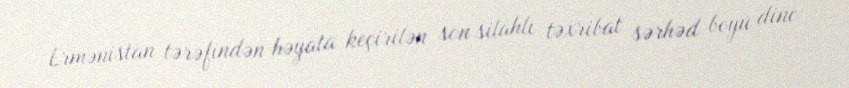
Ermənistan tərəfindən həyata keçirilən son silahlı təxribat sərhəd boyu dinc